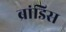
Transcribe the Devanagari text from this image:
ब्रांडिस